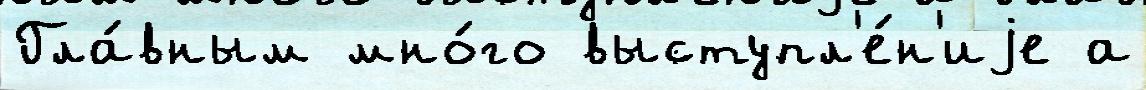
Гла́вным мно́го выступл'е́н'иjе а